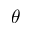
\theta